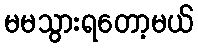
မမသွားရတော့မယ်